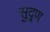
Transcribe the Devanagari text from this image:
सुद्र्ण